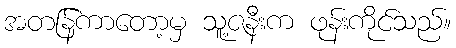
အတန်ြကာတော့မှ သူ့ဇနီးက ဖုန်းကိုင်သည်။